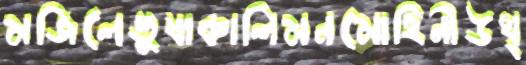
মজিলেভুষাকালিমনমোহিনীউথ্